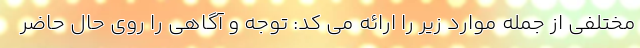
مختلفی از جمله موارد زیر را ارائه می کد: توجه و آگاهی را روی حال حاضر